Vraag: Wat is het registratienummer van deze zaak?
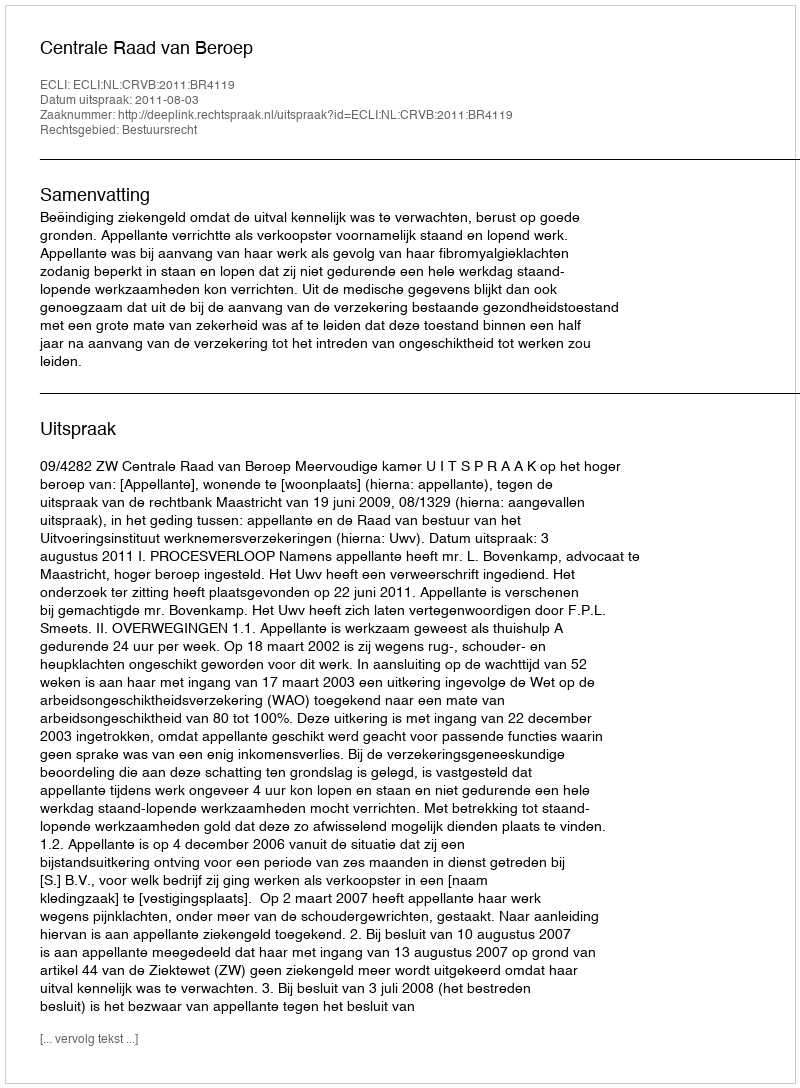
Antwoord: http://deeplink.rechtspraak.nl/uitspraak?id=ECLI:NL:CRVB:2011:BR4119